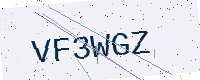
Text: VF3WGZ